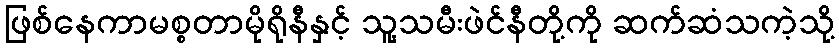
ဖြစ်နေကာမစ္စတာမိုရိုနီနှင့် သူ့သမီးဖဲင်နီတို့ကို ဆက်ဆံသကဲ့သို့